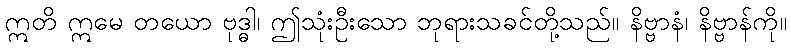
ဣတိ ဣမေ တယော ဗုဒ္ဓါ၊ ဤသုံးဦးသော ဘုရားသခင်တို့သည်။ နိဗ္ဗာနံ၊ နိဗ္ဗာန်ကို။